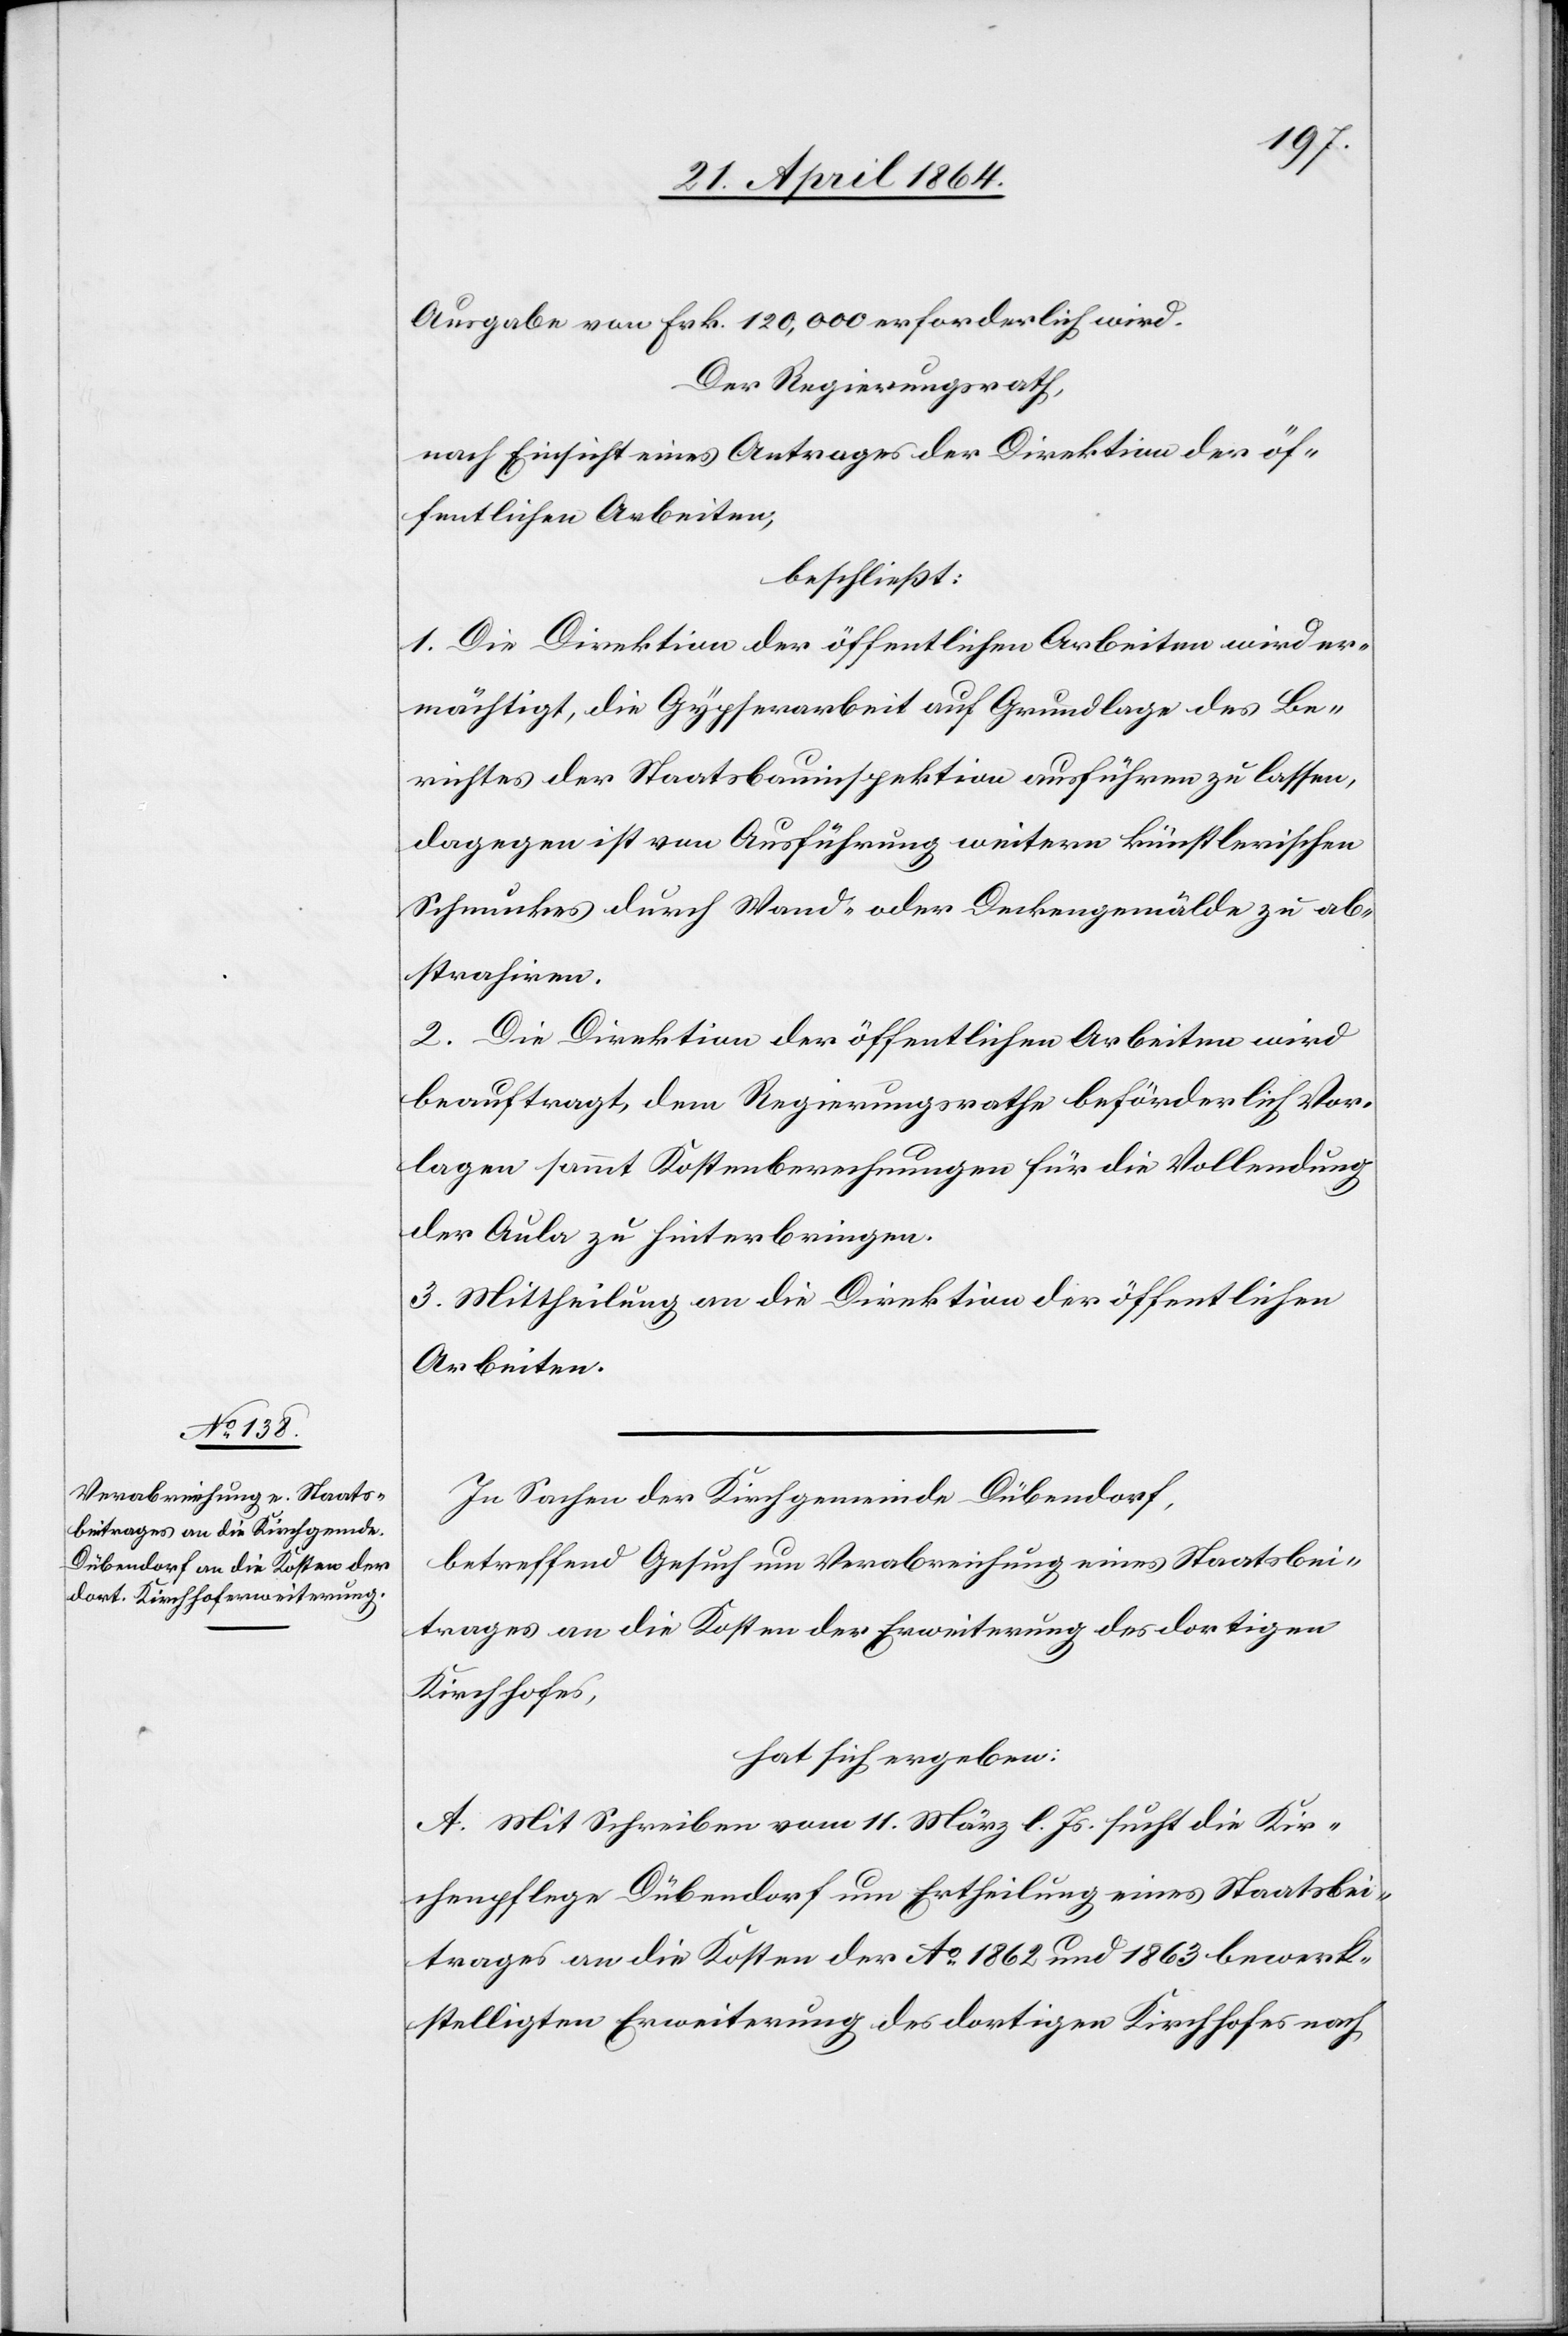
Ausgabe von Frk. 120,000 erforderlich wird.
Der Regierungsrath,
nach Einsicht eines Antrages der Direktion der öf¬
fentlichen Arbeiten,
beschließt:
1. Die Direktion der öffentlichen Arbeiten wird er¬
mächtigt, die Gypserarbeit auf Grundlage des Be¬
richtes der Staatsbauinspektion ausführen zu lassen,
dagegen ist von Ausführung weitern künstlerischen
Schmuckes durch Wand- oder Deckengemälde zu ab¬
strahiren.
2. Die Direktion der öffentlichen Arbeiten wird
beauftragt, dem Regierungsrathe beförderlich Vor¬
lagen sammt Kostenberechnungen für die Vollendung
der Aula zu hinterbringen.
3. Mittheilung an die Direktion der öffentlichen
Arbeiten.
In Sachen der Kirchgemeinde Dübendorf,
betreffend Gesuch um Verabreichung eines Staatsbei¬
trages an die Kosten der Erweiterung des dortigen
Kirchhofes,
hat sich ergeben:
A. Mit Schreiben vom 11. März l. Js. sucht die Kir¬
chenpflege Dübendorf um Ertheilung eines Staatsbei¬
trages an die Kosten der Ao 1862 und 1863 bewerk¬
stelligten Erweiterung des dortigen Kirchhofes nach